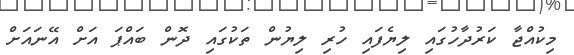
މިކުއްޖާ ކަރުދާހުގައި ލިޔެފައި ހުރި ލިޔުން ތަކުގައި ދޮން ބައްޕަ އަށް އޭނައަށް